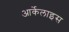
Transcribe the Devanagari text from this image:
आर्केलाइस